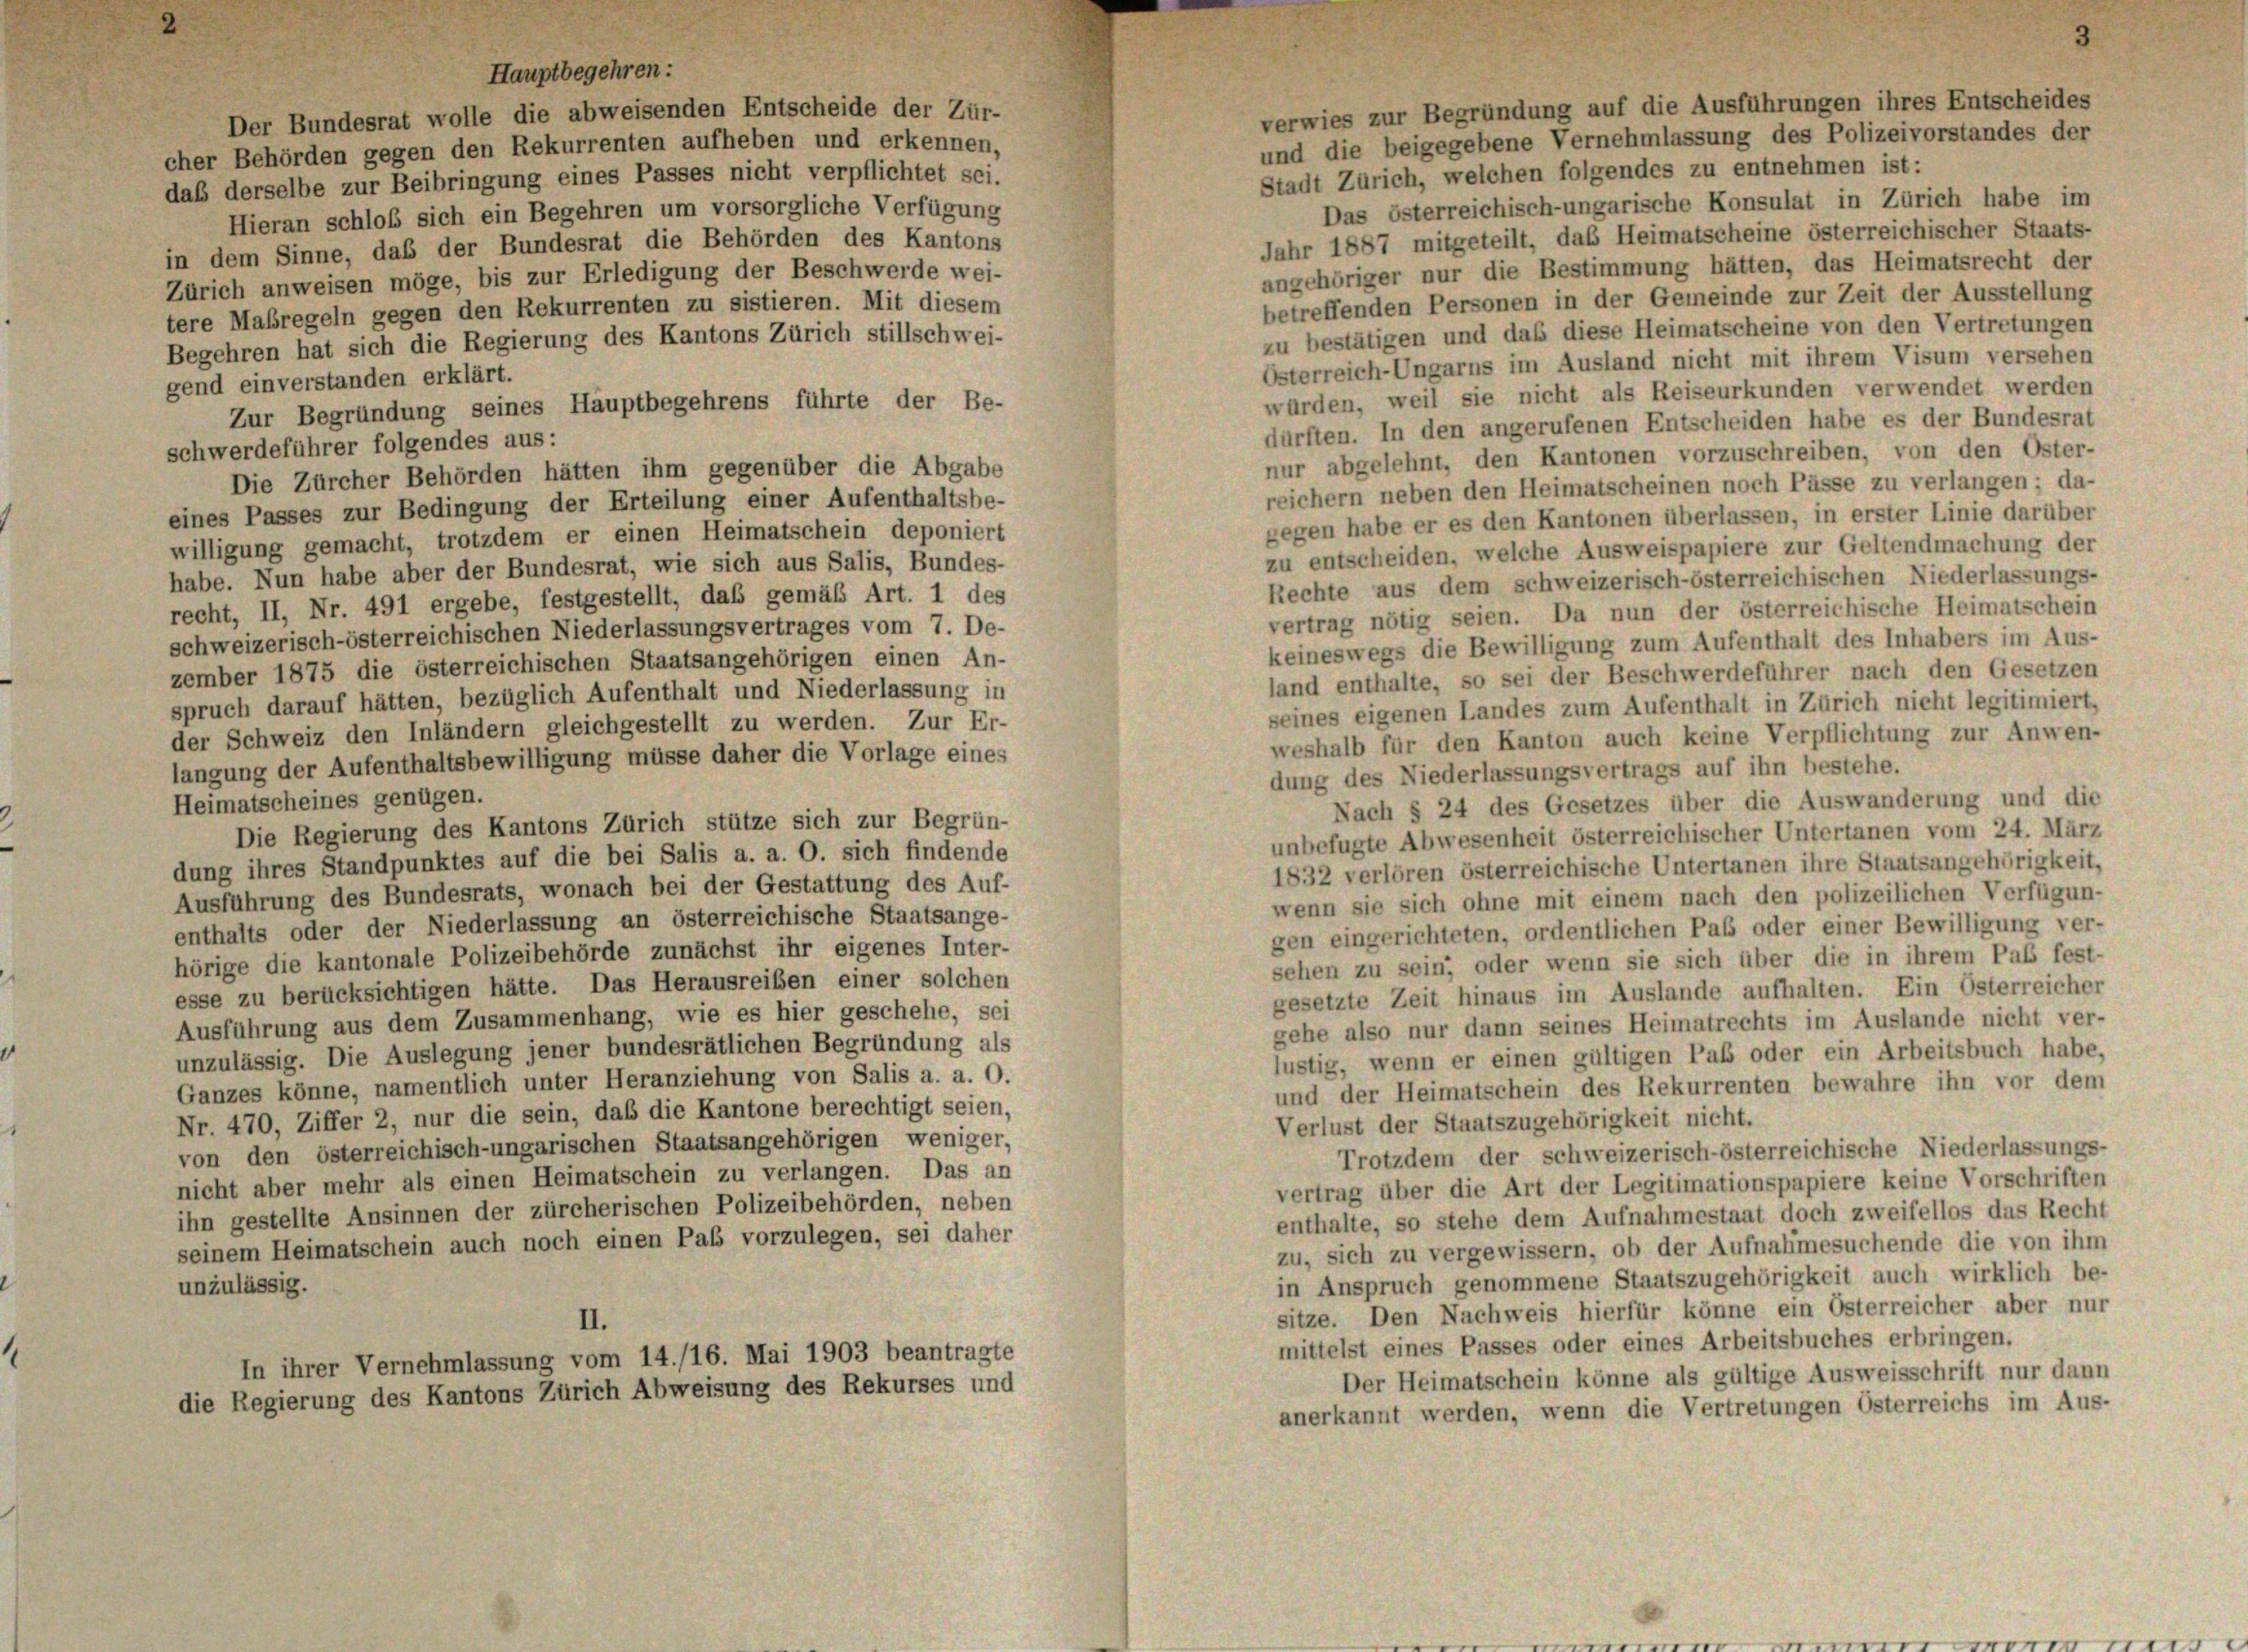
verwies zur Begründung auf die Ausführungen ihres Entscheides
Der Bundesrat wolle die abweisenden Entscheide der Zür-
und die beigegebene Vernehmlassung des Polizeivorstandes der
cher Behörden gegen den Rekurrenten aufheben und erkennen,
Stadt Zürich, welchen folgendes zu entnehmen ist:
daß derselbe zur Beibringung eines Passes nicht verpflichtet sei.
Das österreichisch-ungarische Konsulat in Zürich habe im
Hieran schloß sich ein Begehren um vorsorgliche Verfügung
Jahr 1887 mitgeteilt, das Heimatscheine österreichischer Staats-
in dem Sinne, das der Bundesrat die Behörden des Kantons
angehöriger nur die Bestimmung hätten, das Heimatsrecht der
Zürich anweisen möge, bis zur Erledigung der Beschwerde wei-
betreffenden Personen in der Gemeinde zur Zeit der Ausstellung
tere Maßregeln gegen den Rekurrenten zu sistieren. Mit diesem
zu bestätigen und daß diese Heimatscheine von den Vertretungen
Begehren hat sich die Regierung des Kantons Zürich stillschwei-
Österreich-Ungarns im Ausland nicht mit ihrem Visum versehen
gend einverstanden erklärt.
würden, weil sie nicht als Reiseurkunden verwendet werden
Zur Begründung seines Hauptbegehrens führte der Be-
dürften. In den angerufenen Entscheiden habe es der Bundesrat
schwerdeführer folgendes aus:
nur abgelehnt, den Kantonen vorzuschreiben, von den Oster-
Die Zürcher Behörden hätten ihm gegenüber die Abgabe
reichern neben den Heimatscheinen noch Pässe zu verlangen; da-
eines Passes zur Bedingung der Erteilung einer Aufenthaltsbe-
gegen habe er es den Kantonen überlassen, in erster Linie darüber
willigung gemacht, trotzdem er einen Heimatschein deponiert
zu entscheiden, welche Ausweispapiere zur Geltendmachung der
habe. Nun habe aber der Bundesrat, wie sich aus Salis, Bundes-
Rechte aus dem schweizerisch-österreichischen Niederlassungs-
recht, II, Nr. 491 ergebe, festgestellt, daß gemäß Art. 1 des
vertrag nötig seien. Da nun der österreichische Heimatschein
schweizerisch-österreichischen Niederlassungsvertrages vom 7. De-
keineswegs die Bewilligung zum Aufenthalt des Inhabers im Aus-
zember 1875 die österreichischen Staatsangehörigen einen An-
land enthalte, so sei der Beschwerdeführer nach den Gesetzen
spruch darauf hätten, bezüglich Aufenthalt und Niederlassung in
seines eigenen Landes zum Aufenthalt in Zürich nicht legitimiert,
der Schweiz den Inländern gleichgestellt zu werden. Zur Er-
weshalb für den Kanton auch keine Verpflichtung zur Anwen-
langung der Aufenthaltsbewilligung müsse daher die Vorlage eines
dung des Niederlassungsvertrags auf ihn bestehe.
Heimatscheines genügen.
Nach § 24 des Gesetzes über die Auswanderung und die
Die Regierung des Kantons Zürich stütze sich zur Begrün-
unbefugte Abwesenheit österreichischer Untertanen vom 24. März
dung ihres Standpunktes auf die bei Salis a. a. O. sich findende
1832 verlören österreichische Untertanen ihre Staatsangehörigkeit,
Ausführung des Bundesrats, wonach bei der Gestattung des Auf-
wenn sie sich ohne mit einem nach den polizeilichen Verfügun-
enthalts oder der Niederlassung an österreichische Staatsange-
gen eingerichteten, ordentlichen Pab oder einer Bewilligung ver-
hörige die kantonale Polizeibehörde zunächst ihr eigenes Inter-
sehen zu sein; oder wenn sie sich über die in ihrem Pab fest-
esse zu berücksichtigen hätte. Das Herausreiben einer solchen
gesetzte Zeit hinaus im Auslande aufhalten. Ein Österreicher
Ausführung aus dem Zusammenhang, wie es hier geschehe, sei
gehe also nur dann seines Heimatrechts im Auslande nicht ver-
unzulässig. Die Auslegung jener bundesrätlichen Begründung als
lustig, wenn er einen gültigen Paß oder ein Arbeitsbuch habe,
Ganzes könne, namentlich unter Heranziehung von Salis a. a. O.
und der Heimatschein des Rekurrenten bewahre ihn vor dem
Nr. 470, Ziffer 2, nur die sein, daß die Kantone berechtigt seien,
Verlust der Staatszugehörigkeit nicht.
von den österreichisch-ungarischen Staatsangehörigen weniger,
Trotzdem der schweizerisch-österreichische Niederlassungs-
nicht aber mehr als einen Heimatschein zu verlangen. Das an
vertrag über die Art der Legitimationspapiere keine Vorschriften
ihn gestellte Ansinnen der zürcherischen Polizeibehörden, neben
enthalte, so stehe dem Aufnahmestaat doch zweifellos das Recht
seinem Heimatschein auch noch einen Pab vorzulegen, sei daher
zu, sich zu vergewissern, ob der Aufnahmesuchende die von ihm
in Anspruch genommene Staatszugehörigkeit auch wirklich be-
unzulässig.
sitze. Den Nachweis hierfür könne ein Österreicher aber nur
II.
mittelst eines Passes oder eines Arbeitsbuches erbringen.
In ihrer Vernehmlassung vom 14./16. Mai 1903 beantragte
Der Heimatschein könne als gültige Ausweisschrift nur dann
die Regierung des Kantons Zürich Abweisung des Rekurses und
anerkannt werden, wenn die Vertretungen Österreichs im Aus-

Hauptbegehren: